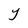
Character: Y